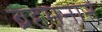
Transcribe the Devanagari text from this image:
ब्रहमनान